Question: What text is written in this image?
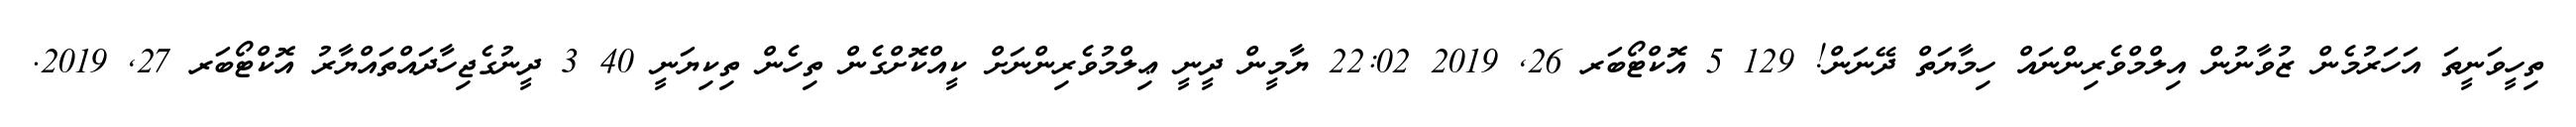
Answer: ތިހީވަނީތަ އަހަރުމެން ޒުވާނުން އިލްމްވެރިންނައް ހިމާޔަތް ދޭނަން! 129 5 އޮކްޓޯބަރ 26, 2019 22:02 ޔާމީން ދީނީ ޢިލްމުވެރިންނަށް ކީއްކޮށްގެން ތިހެން ތިކިޔަނީ 40 3 ދީނުގެޖިހާދައްތައްޔާރު އޮކްޓޯބަރ 27, 2019.